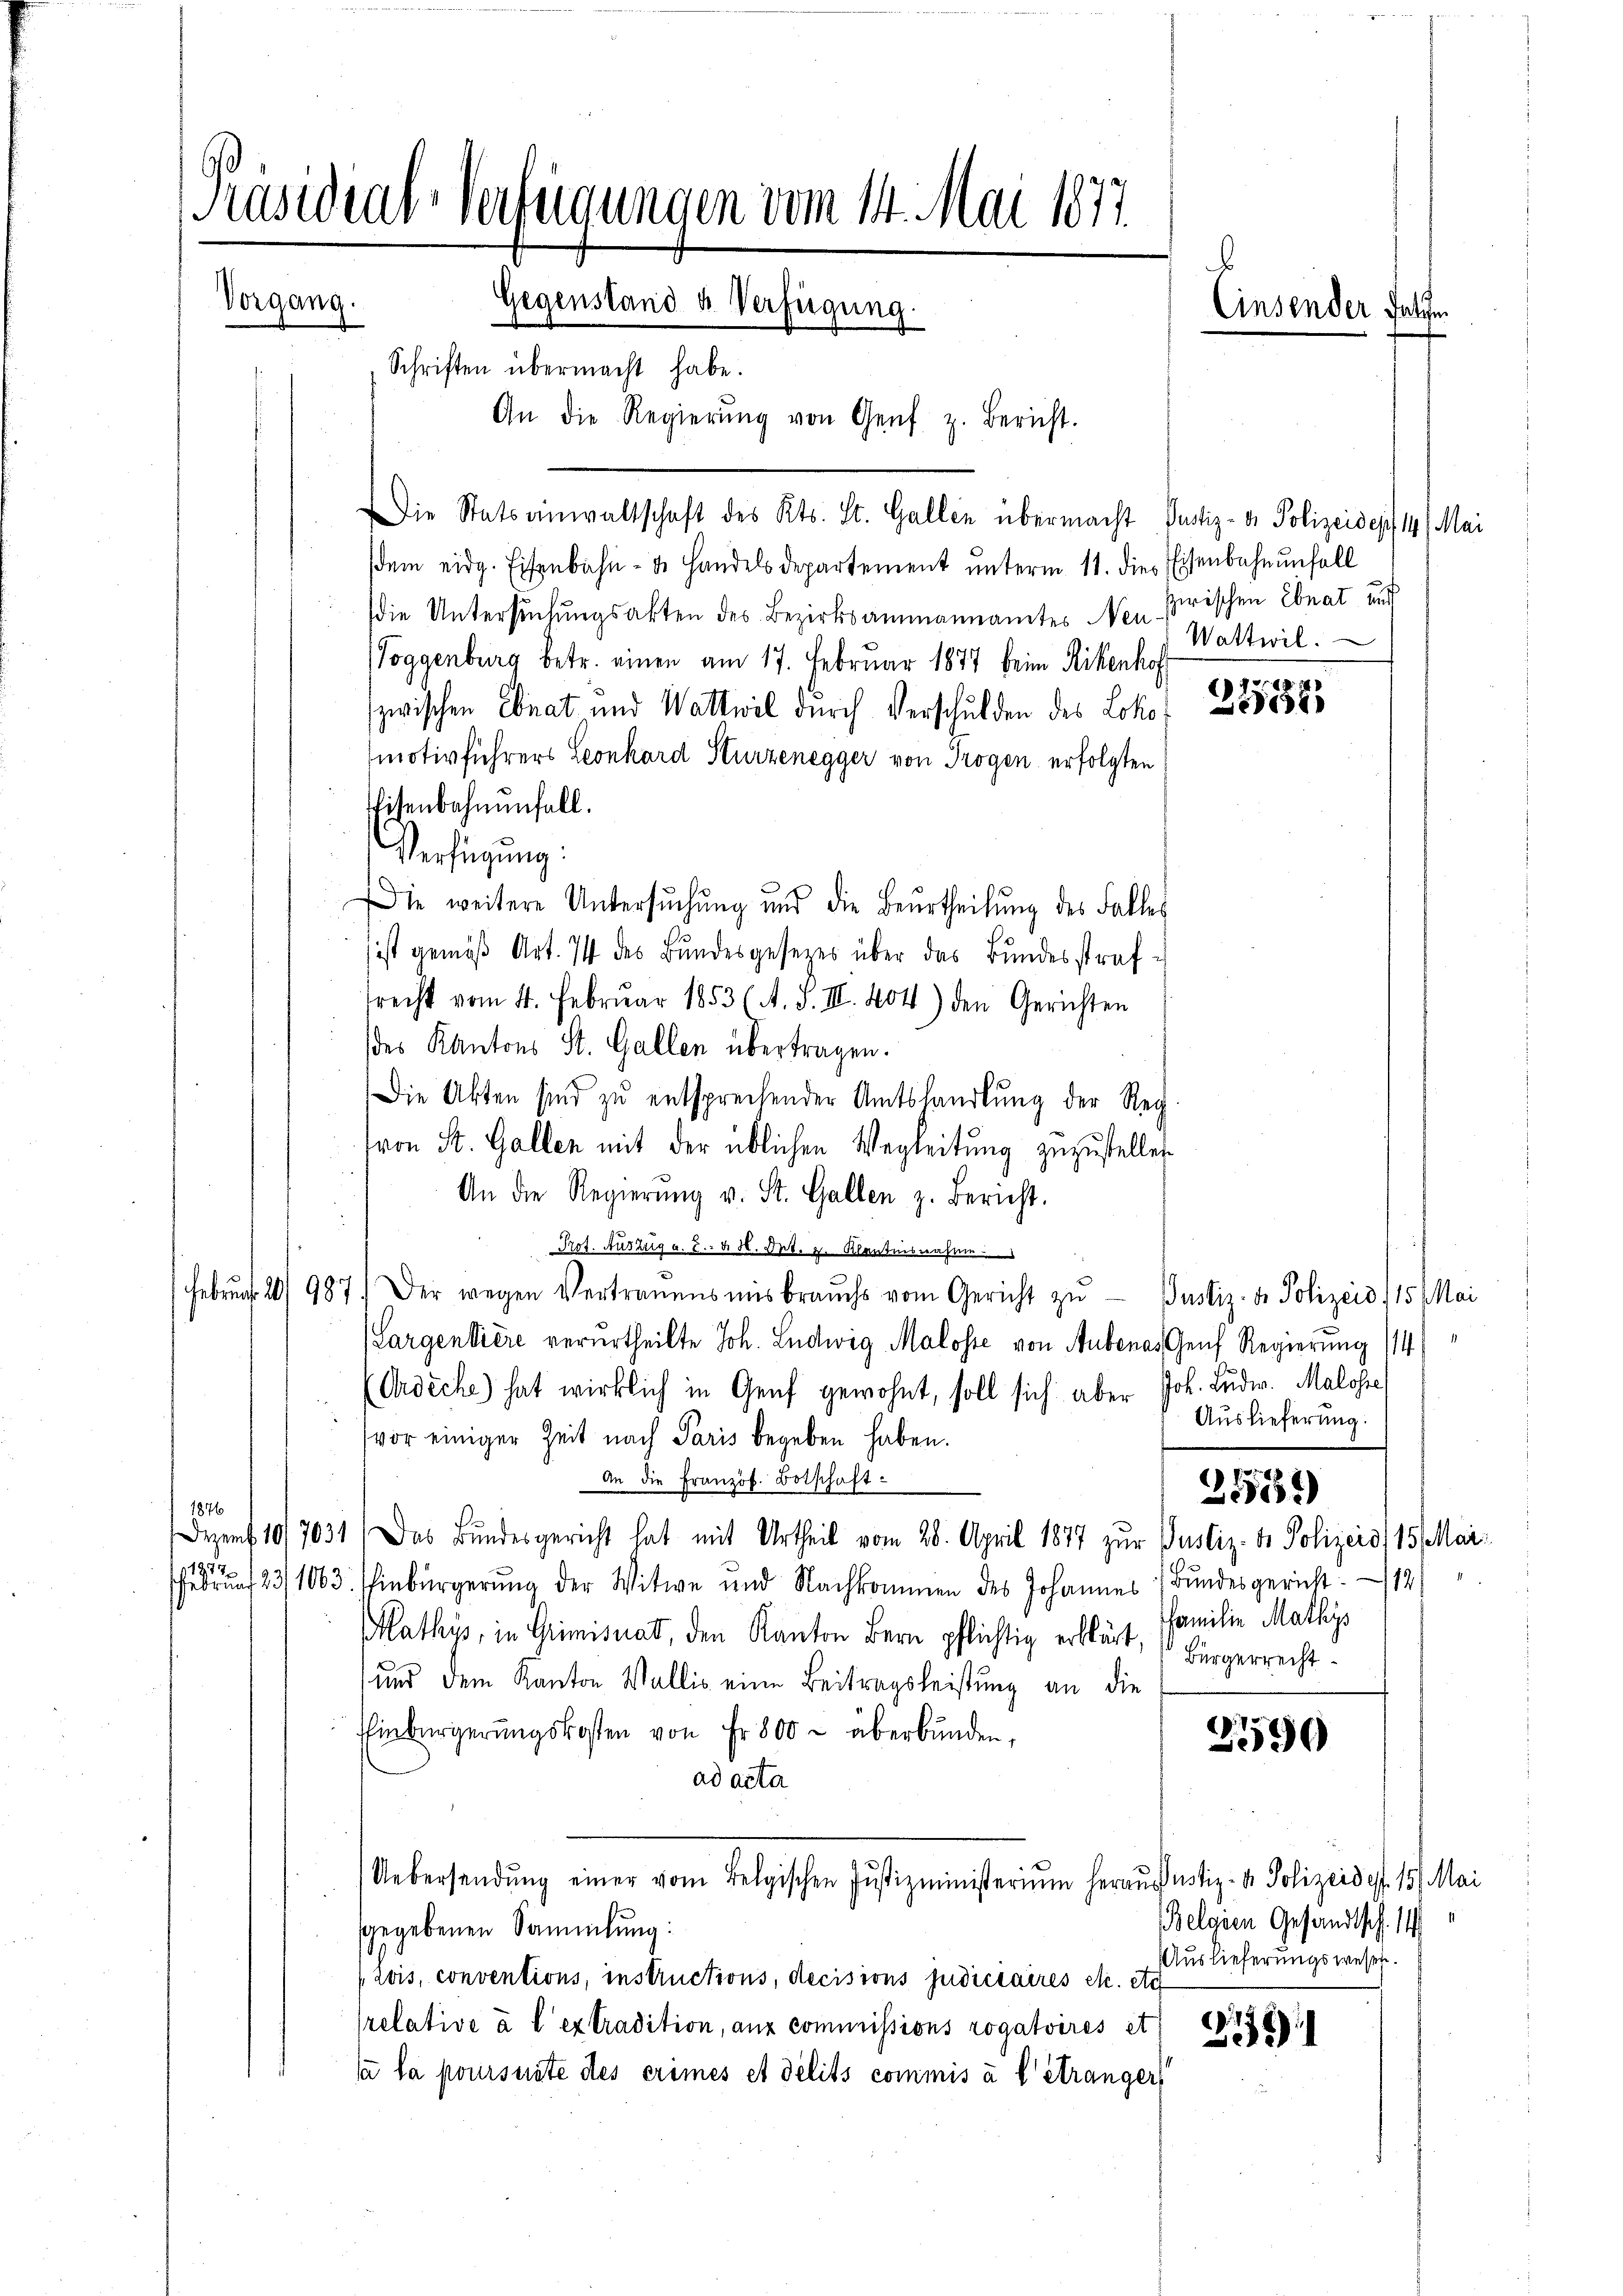
Präsidial-Verteigungen vom 14. Mai 1877
b
Vorgang.
Gegenstand u. Verfügung.
Einsender Folgen
Schriften übermacht habe.
An die Regierŭng von Genf z. Bericht.

Die Statsanwaltschaft des Kts. St. Gallen übermacht Pustiz- & Polizeides 14. Mai
sdem eidg. Eisenbahn- u. Handelsdepartement ŭnterm 11. dies Eisenbahnŭnfall
die Untersŭchŭngsakten des Bezirksammannamtes Neu prischen Ebnat, auf
Toggenburg betr. einen am 17. Februar 1877 beim Rikenhor
zwischen Ebnat und Wattwil durch Verschulden des Loko 80380
motivführers Leonhard Sturzenegger von Trogen erfolgten
Eisenbahnenfall.
Verfügung:
Die weitere Untersuchung und die Beurtheilung des Falles
ist gemäß Art. 74 des Bundesgesezes über das Bundesstrafsrecht vom 4. Februar 1853 (A. S. III. 404) den Gerichten
des Kantons St. Gallen übertragen.
Die Akten sind zu entsprechender Amtshandlŭng der Reg
(von St. Gallen mit der üblichen Wegleitung zuzustellen
An die Regierŭng v. St. Gallen z. Bericht.
Prot. Auszug a. c. d. M. Drt. 2. Klantnisnahme
Februck 20/987. Der wegen Vertrauensmisbrauchs vom Gericht zŭ Justiz- & Polizeio 115 Mai
Largendiere verurtheilte Joh. Ludwig Maloste von Aubonas Genf Regierung 114)
(Ordéche) hat wirklich in Genf gewohnt, soll sich aber Joh. Ludw. Malohre
Auslieferung.
vor einiger Zeit nach Paris begeben haben.
An die Französ. Botschaft¬
2551)
1876
Dozent 10/7031) Das Bundesgericht hat mit Urtheil vom 28. April 1877 zur Pustiz- & Polizeis, 15 Mai
1917
hebrŭf 231003. Einbürgerŭng der Witwe und Nachkommen des Johannes Bundesgericht. 12
Familie Mathys
Mathys, in Grimisuat, den Kanton Bern pflichtig erklärt, Bürgerrecht.
und dem Kanton Wallis eine Beitragsleistung an die
Einbürgerungskosten von Fr. 800 überbunden,
3590
ad acta
Uebersendŭng einer vom Belgischen Jŭstizministerium heraus Justiz- & Polizeides. 157. Mai
Belgien Gesandtsch. 14
gegebenen Sammlung:
Auslieferungswesen.
rois, conventions, instructions, decisions judiciaires etc. etc
relative à l’extradition, aux commissions rogatoires et
215)
sa la poursuite des erimes et délits commis à l’étranger

Wattwil.

(744)